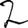
Digit: 2